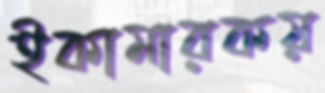
ইকামারকয়